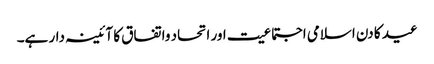
عید کا دن اسلامی اجتماعیت اور اتحاد واتفاق کا آئینہ دار ہے۔